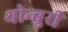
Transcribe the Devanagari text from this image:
थोन्बुरी